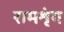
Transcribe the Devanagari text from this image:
रामशृंग